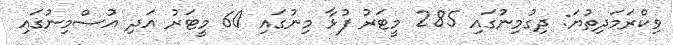
ވިކްރަމަދިތުޔަ: ދިގުމިނުގައި 285 މީޓަރު ފުޅާ މިނުގައި 60 މީޓަރު އަދި އުސްމިނުގައި